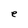
Character: e